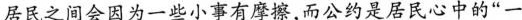
居民之间会因为一些小事有摩擦，而公约是居民心中的“一